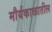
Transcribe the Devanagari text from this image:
मौर्यकाळातील